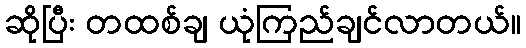
ဆိုပြီး တထစ်ချ ယုံကြည်ချင်လာတယ်။